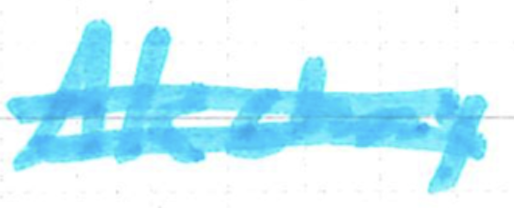
Text: Akshay
Cross-out: double-line
Writing tool: marker